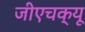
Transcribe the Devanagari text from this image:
जीएचक्यू